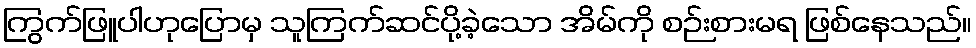
ကြွက်ဖြူပါဟုပြောမှ သူကြက်ဆင်ပို့ခဲ့သော အိမ်ကို စဉ်းစားမရ ဖြစ်နေသည်။